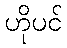
ဟိုပင်